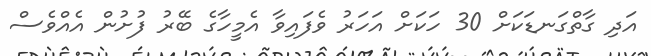
އަދި ގާތްގަނޑަކަށް 30 ހަކަށް އަހަރު ވެފައިވާ އެމީހާގެ ބޭރު ފުށުން އެއްވެސް